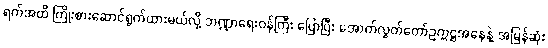
ရက်အထိ ကြိုးစားဆောင်ရွက်ထားမယ်လို့ ဘဏ္ဍာရေးဝန်ကြီး ပြောပြီး အောက်လွှတ်တော်ဥက္ကဋ္ဌအနေနဲ့ အမြန်ဆုံး